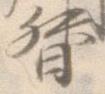
督